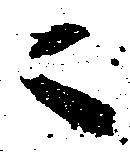
ニ